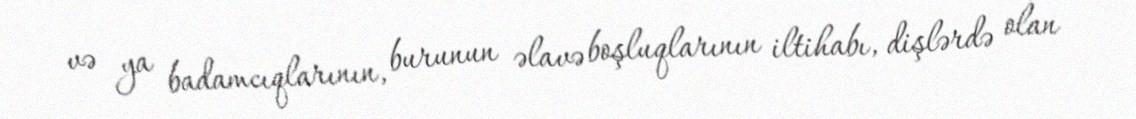
və ya badamcıqlarının, burunun əlavə boşluqlarının iltihabı, dişlərdə olan